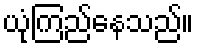
ယုံကြည်နေသည်။